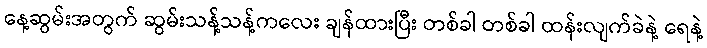
နေ့ဆွမ်းအတွက် ဆွမ်းသန့်သန့်ကလေး ချန်ထားပြီး တစ်ခါ တစ်ခါ ထန်းလျက်ခဲနဲ့ ရေနဲ့